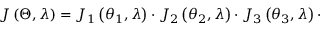
J \left( \Theta , \lambda \right) = J _ { 1 } \left( \theta _ { 1 } , \lambda \right) \cdot J _ { 2 } \left( \theta _ { 2 } , \lambda \right) \cdot J _ { 3 } \left( \theta _ { 3 } , \lambda \right) \cdot